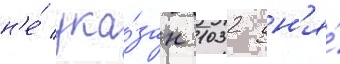
н'е́ ука́зан 1032 дн'я́